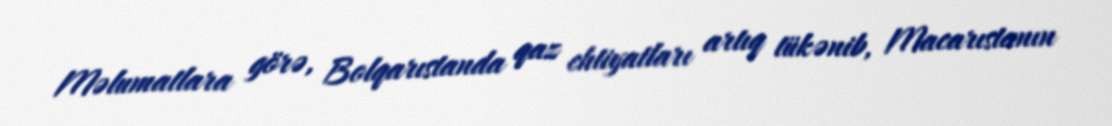
Məlumatlara görə, Bolqarıstanda qaz ehtiyatları artıq tükənib, Macarıstanın